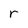
Character: r